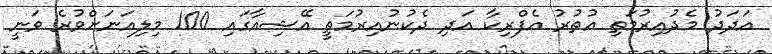
އަދަދު މެދުއިރުމަތި އުތުރު އެފްރިކާ އަދި ދެކުނުއިރުމަތީ އޭޝިއާގައި 100 މިލިއަނަށްވުރެ ވަނީ